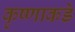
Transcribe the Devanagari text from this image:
कृष्णाकडे